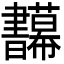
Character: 𢆅